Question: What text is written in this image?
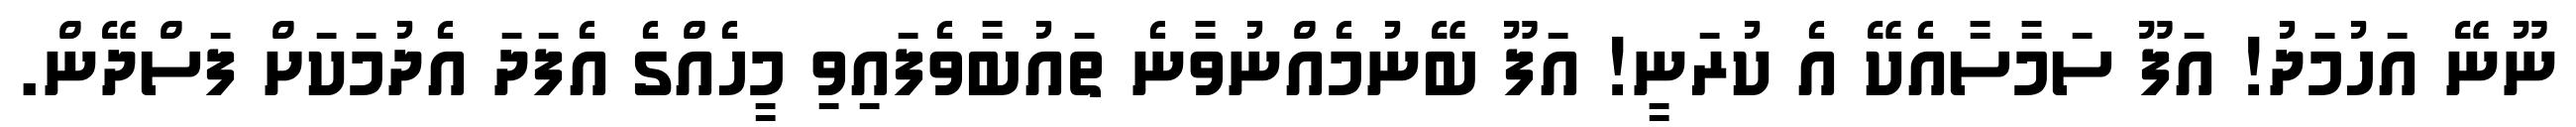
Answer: ނޫނޭ އަހުމަދު! އަފޫ ސަމާސާއެކޭ އެ ކުރަނީ! އަފޫ ބޭނުމެއްނުވާނެ ތައުބާވެފައިވި މީހެއްގެ އެފަދަ އެދުމަކަށް ފަސްދޭން.